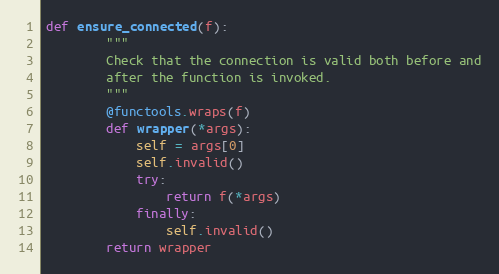
Language: Python
def ensure_connected(f):
        """
        Check that the connection is valid both before and
        after the function is invoked.
        """
        @functools.wraps(f)
        def wrapper(*args):
            self = args[0]
            self.invalid()
            try:
                return f(*args)
            finally:
                self.invalid()
        return wrapper